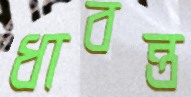
ধাবন্ত